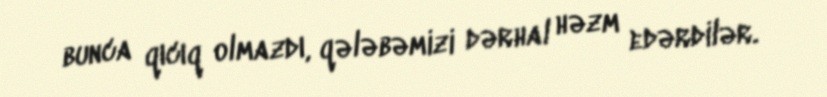
bunca qıcıq olmazdı, qələbəmizi dərhal həzm edərdilər.